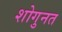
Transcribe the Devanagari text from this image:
शोगुनत